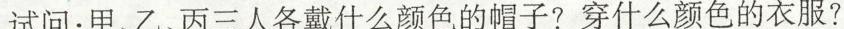
试问：甲、乙、丙三人各戴什么颜色的帽子?穿什么颜色的衣服?